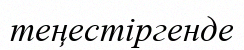
теңестіргенде